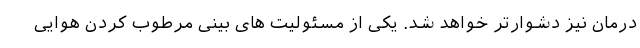
درمان نیز دشوارتر خواهد شد. یکی از مسئولیت های بینی مرطوب کردن هوایی